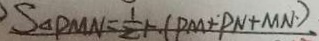
S _ { \Delta } P M N = \frac { 1 } { 2 } + ( P M + P N + M N )